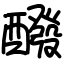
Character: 醱